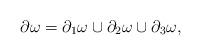
LaTeX: \begin{align*}\partial \omega = \partial_1 \omega \cup \partial_2 \omega \cup \partial_3 \omega,\end{align*}